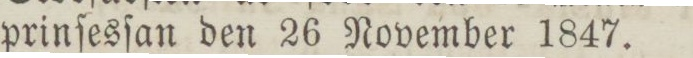
prinſesſan den 26 November 1847.